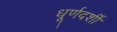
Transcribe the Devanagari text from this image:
धूर्णदर्शी